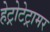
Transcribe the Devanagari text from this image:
हेट्रोटेट्रामर